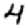
Digit: 4